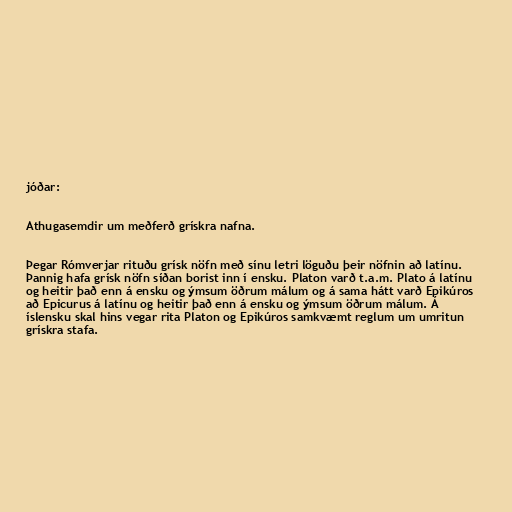
jóðar:

Athugasemdir um meðferð grískra nafna.

Þegar Rómverjar rituðu grísk nöfn með sínu letri löguðu þeir nöfnin að latínu.
Þannig hafa grísk nöfn síðan borist inn í ensku. Platon varð t.a.m. Plato á latínu
og heitir það enn á ensku og ýmsum öðrum málum og á sama hátt varð Epikúros
að Epicurus á latínu og heitir það enn á ensku og ýmsum öðrum málum. Á
íslensku skal hins vegar rita Platon og Epikúros samkvæmt reglum um umritun
grískra stafa.